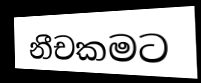
නීචකමට